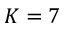
K = 7